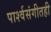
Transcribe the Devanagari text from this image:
पार्श्वसंगीतही